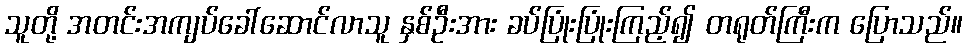
သူတို့ အတင်းအကျပ်ခေါ်ဆောင်လာသူ နှစ်ဦးအား ခပ်ပြုံးပြုံးကြည့်၍ တရုတ်ကြီးက ပြောသည်။